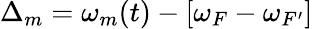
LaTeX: \Delta_{m}=\omega_{m}(t)-[\omega_{F}-\omega_{F^{\prime}}]